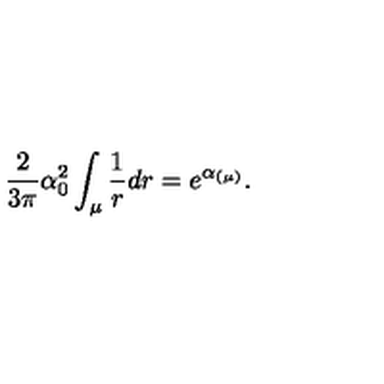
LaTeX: \frac { 2 } { 3 \pi } \alpha _ { 0 } ^ { 2 } \int _ { \mu } \frac { 1 } { r } d r = e ^ { \alpha _ { ( \mu ) } } .